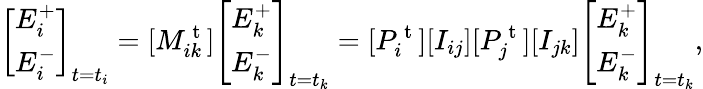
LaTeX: \left[\begin{array}{l}{E_{i}^{+}}\\ {E_{i}^{-}}\end{array}\right]_{t=t_{i}}=[M_{ik}^{\mathrm{~t~}}]\left[\begin{array}{l}{E_{k}^{+}}\\ {E_{k}^{-}}\end{array}\right]_{t=t_{k}}=[P_{i}^{\mathrm{~t~}}][I_{ij}][P_{j}^{\mathrm{~t~}}][I_{jk}]\left[\begin{array}{l}{E_{k}^{+}}\\ {E_{k}^{-}}\end{array}\right]_{t=t_{k}},